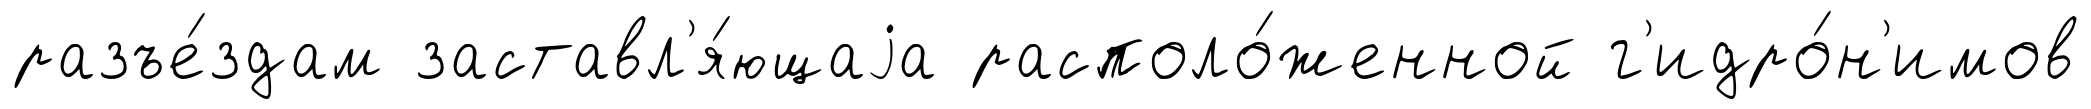
разъе́здам заставл'я́ющаjа располо́женной г'идро́н'имов